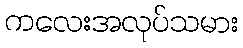
ကလေးအလုပ်သမား